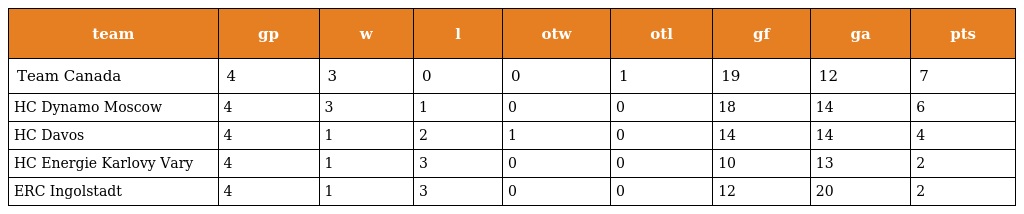
| team | gp | w | l | otw | otl | gf | ga | pts |
 | --- | --- | --- | --- | --- | --- | --- | --- | --- |
 | Team Canada | 4 | 3 | 0 | 0 | 1 | 19 | 12 | 7 |
 | HC Dynamo Moscow | 4 | 3 | 1 | 0 | 0 | 18 | 14 | 6 |
 | HC Davos | 4 | 1 | 2 | 1 | 0 | 14 | 14 | 4 |
 | HC Energie Karlovy Vary | 4 | 1 | 3 | 0 | 0 | 10 | 13 | 2 |
 | ERC Ingolstadt | 4 | 1 | 3 | 0 | 0 | 12 | 20 | 2 |